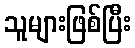
သူများဖြစ်ပြီး